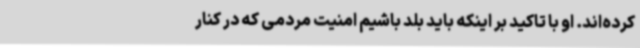
کرده‌اند. او با تاکید بر اینکه باید بلد باشیم امنیت مردمی که در کنار